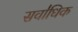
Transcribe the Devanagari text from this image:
सवा॑धिक